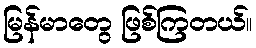
မြန်မာတွေ ဖြစ်ကြတယ်။